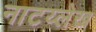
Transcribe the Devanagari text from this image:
नाटय्लेख